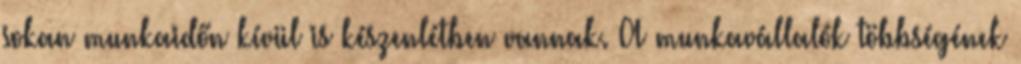
sokan munkaidőn kívül is készenlétben vannak. A munkavállalók többségének